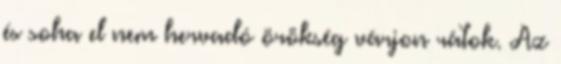
és soha el nem hervadó örökség várjon rátok. Az